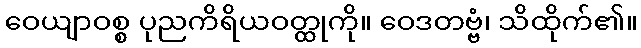
ဝေယျာဝစ္စ ပုညကိရိယဝတ္ထုကို။ ဝေဒတဗ္ဗံ၊ သိထိုက်၏။